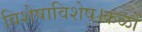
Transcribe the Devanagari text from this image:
विशेषाविशेष।कळों